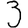
Digit: 3